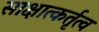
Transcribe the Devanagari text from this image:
साक्षात्कर्तृत्व